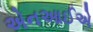
એનઆઈએ